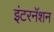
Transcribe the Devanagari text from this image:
इंटरनॅशन